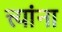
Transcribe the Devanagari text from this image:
त्त्यांना